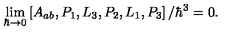
\lim _ { \hbar \rightarrow 0 } \left[ A _ { a b } , P _ { 1 } , L _ { 3 } , P _ { 2 } , L _ { 1 } , P _ { 3 } \right] / \hbar ^ { 3 } = 0 .